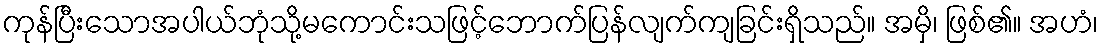
ကုန်ပြီးသောအပါယ်ဘုံသို့မကောင်းသဖြင့်ဘောက်ပြန်လျက်ကျခြင်းရှိသည်။ အမှိ၊ ဖြစ်၏။ အဟံ၊